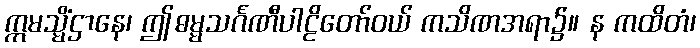
ဣမသ္မိံဌာနေ၊ ဤဓမ္မသင်္ဂဏီပါဠိတော်ဝယ် ကသိဏအရာ၌။ န ကထိတံ၊